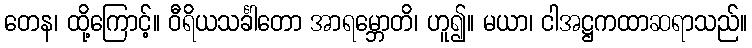
တေန၊ ထို့ကြောင့်။ ဝီရိယသင်္ခါတော အာရမ္ဘောတိ၊ ဟူ၍။ မယာ၊ ငါအဋ္ဌကထာဆရာသည်။